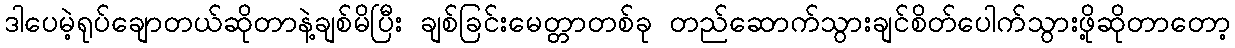
ဒါပေမဲ့ရုပ်ချောတယ်ဆိုတာနဲ့ချစ်မိပြီး ချစ်ခြင်းမေတ္တာတစ်ခု တည်ဆောက်သွားချင်စိတ်ပေါက်သွားဖို့ဆိုတာတော့